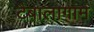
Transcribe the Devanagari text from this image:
टैबालागाम